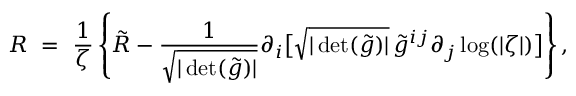
R \ = \ \frac 1 \zeta \left\{ \tilde { R } - \frac { 1 } { \sqrt { | \operatorname* { d e t } ( \tilde { g } ) | } } \partial _ { i } \big [ \sqrt { | \operatorname* { d e t } ( \tilde { g } ) | } \, \tilde { g } ^ { i j } \partial _ { j } \log ( | \zeta | ) \big ] \right\} ,